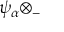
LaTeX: \psi _ { \alpha } \otimes _ { - }